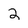
Character: 2